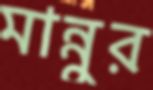
মান্নুর